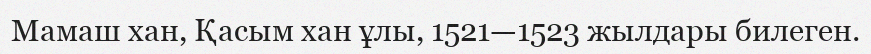
Мамаш хан, Қасым хан ұлы, 1521—1523 жылдары билеген.